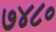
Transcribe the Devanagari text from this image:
७४८०